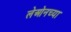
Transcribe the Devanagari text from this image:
लेओनच्या